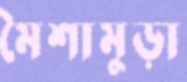
মৈশামুড়া